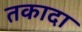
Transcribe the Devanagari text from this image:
तकादा